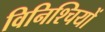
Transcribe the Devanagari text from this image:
विनिश्चियों